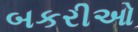
બકરીઓ